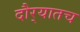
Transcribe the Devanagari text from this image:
दौर्‍यातच